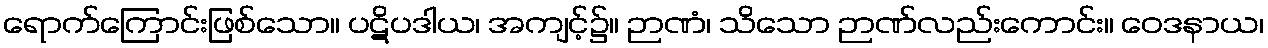
ရောက်ကြောင်းဖြစ်သော။ ပဋိပဒါယ၊ အကျင့်၌။ ဉာဏံ၊ သိသော ဉာဏ်လည်းကောင်း။ ဝေဒနာယ၊